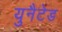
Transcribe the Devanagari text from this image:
युनैटेड